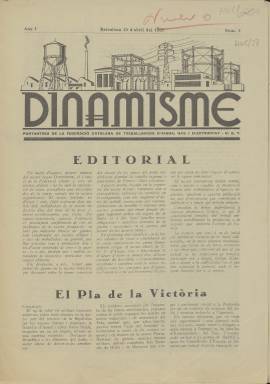
Título: Dinamisme (Barcelona)
Colección: Prensa sindical
Ámbito geográfico: Barcelona
Lugar de publicación: Barcelona
Fechas: 15/04/1937-31/12/1937

Publicación mensual que comenzó a editarse en Barcelona en abril de 1937 como portavoz de la Federación Catalana de Trabajadores del Agua, Gas y Electricidad, perteneciente a la UGT. En su primer número no incluye en su cabecera las siglas del sindicato, pero sí lo hará a partir de la segunda entrega.

  Escrito en lengua catalana, el periódico constaba de ocho páginas sin apenas ilustraciones y con un contenido más político y sindical que propiamente profesional o especializado en los temas de infraestructura. La Guerra Civil, que hacía nueve meses que había comenzado, acaparaba todo el esfuerzo y el interés de los trabajadores.

   En su primer número la publicación incluye un editorial en el que hace ver la importancia del sector del agua, gas y electricidad como industria básica de guerra y pide a todos los trabajadores y sindicatos unión y sacrificio en un esfuerzo común dirigido a ganar la guerra. Menciona concretamente como sacrificios a llevar a cabo el aumento de las horas de trabajo, restricciones de consumo y aportaciones en dinero y en especie a ‘nuestros hermanos del frente para que puedan soportar mejor los rigores de la lucha’ (redactado en catalán, como todo el texto).

  También en este editorial de inicio del periódico se anuncia para números sucesivos la enseñanza de un curso de electricidad que se considera de la mayor importancia para mejorar la producción al tiempo que se facilita y suaviza el trabajo de los obreros.

   En su segundo número, mediados de mayo, la publicación no tiene otro remedio que ocuparse de lo que denomina el movimiento subversivo de Barcelona, la lucha entablada en el seno de las fuerzas republicanas, entre grupos anarquistas y trotskistas, partidarias de la revolución permanente, y el Gobierno de la Generalitat aliado con socialistas y comunistas.

  En todos sus números el periódico portavoz de esta federación industrial de la UGT insistirá en la importancia de la unidad de acción de todos los trabajadores, sobre todo de la unidad de acción con el otro gran sindicato, la CNT.

    Con el curso de electricidad que puede seguirse mes a mes la publicación incluirá gráficos de instalaciones y aparatos eléctricos que darán un aire más profesional al periódico, aunque los temas políticos y sindicales serán siempre prioritarios.

  A partir del número 6 de septiembre de 1937 habrá un cambio en la cabecera y el título, Dinamisme, se hará más pequeño, desapareciendo el dibujo que lo acompañaba. La Biblioteca Nacional solo posee los números correspondientes a este año de 1937.

[Descripción publicada el 16/8/2022]